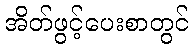
အိတ်ဖွင့်ပေးစာတွင်